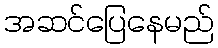
အဆင်ပြေနေမည်